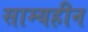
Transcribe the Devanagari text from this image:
साम्यहीन